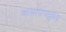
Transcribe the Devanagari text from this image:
कथाप्रस्तुति